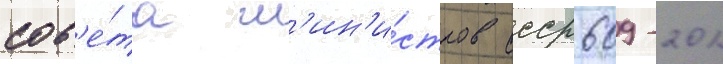
сов'е́та м'ин'и́стров ссср 609-201